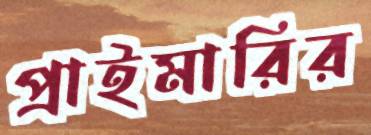
প্রাইমারির